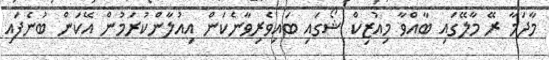
މާދަމާ ރޭ މާލޭގައި ބާއްވާ މިއުޒިކް ޝޯގައި ބައިވެރިވާނެކަން އިއުލާންކުރަމުން އޭކަން ބުނެފައި